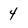
Character: 4